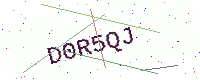
Text: D0R5QJ